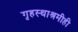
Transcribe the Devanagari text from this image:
गृहस्थाश्रमीही